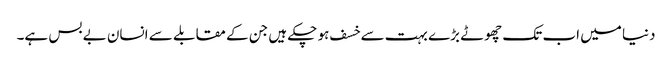
دنیا میں اب تک چھوٹے بڑے بہت سے خسف ہو چکے ہیں جن کے مقابلے سے انسان بے بس ہے۔